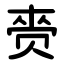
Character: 赍